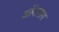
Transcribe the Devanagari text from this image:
ङॉयलाग